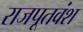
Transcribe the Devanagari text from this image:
राजपूतवंश